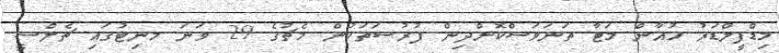
މިޑްފީލްޑަރު ހުއާން މަޓާ ތަނަވަސްކޮށްދިން ފުރުސަތަކުން މެޗުގެ 29 ވަނަ މނިޓުގައި ޗެލްސީ